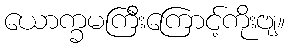
ယောက္ခမကြီးကြောင့်ကိုးဗျ။